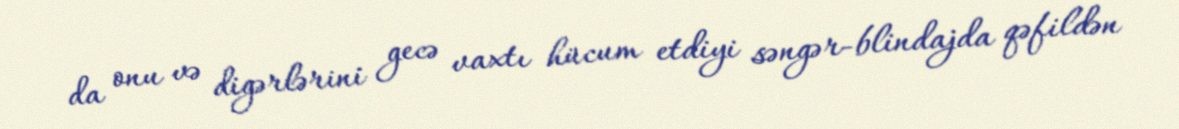
da onu və digərlərini gecə vaxtı hücum etdiyi səngər-blindajda qəfildən